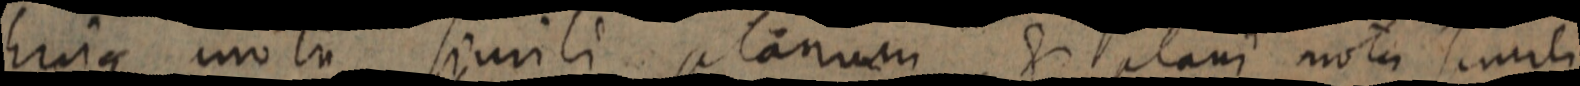
Ejusque motu simili planum & plani mota simili